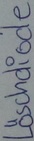
Text: Löschdiode